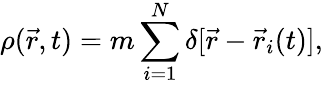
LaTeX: \rho(\vec{r},t)=m\sum_{i=1}^{N}\delta[\vec{r}-\vec{r}_{i}(t)],